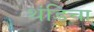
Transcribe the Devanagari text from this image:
थंडिचा